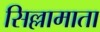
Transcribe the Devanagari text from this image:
सिल्लामाता